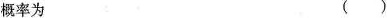
概率为 ( )